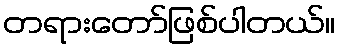
တရားတော်ဖြစ်ပါတယ်။